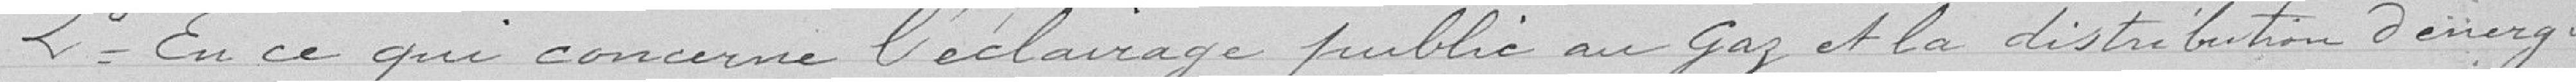
2° En ce qui concerne l'éclairage public au Gaz et la distribution d'énergie